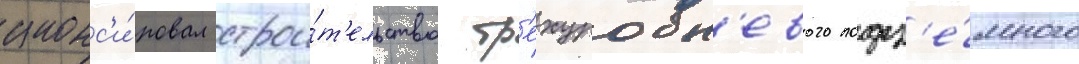
анонс'и́ровал строи́т'ельство тр'ехуровн'евого подз'е́много